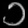
Digit: ၁